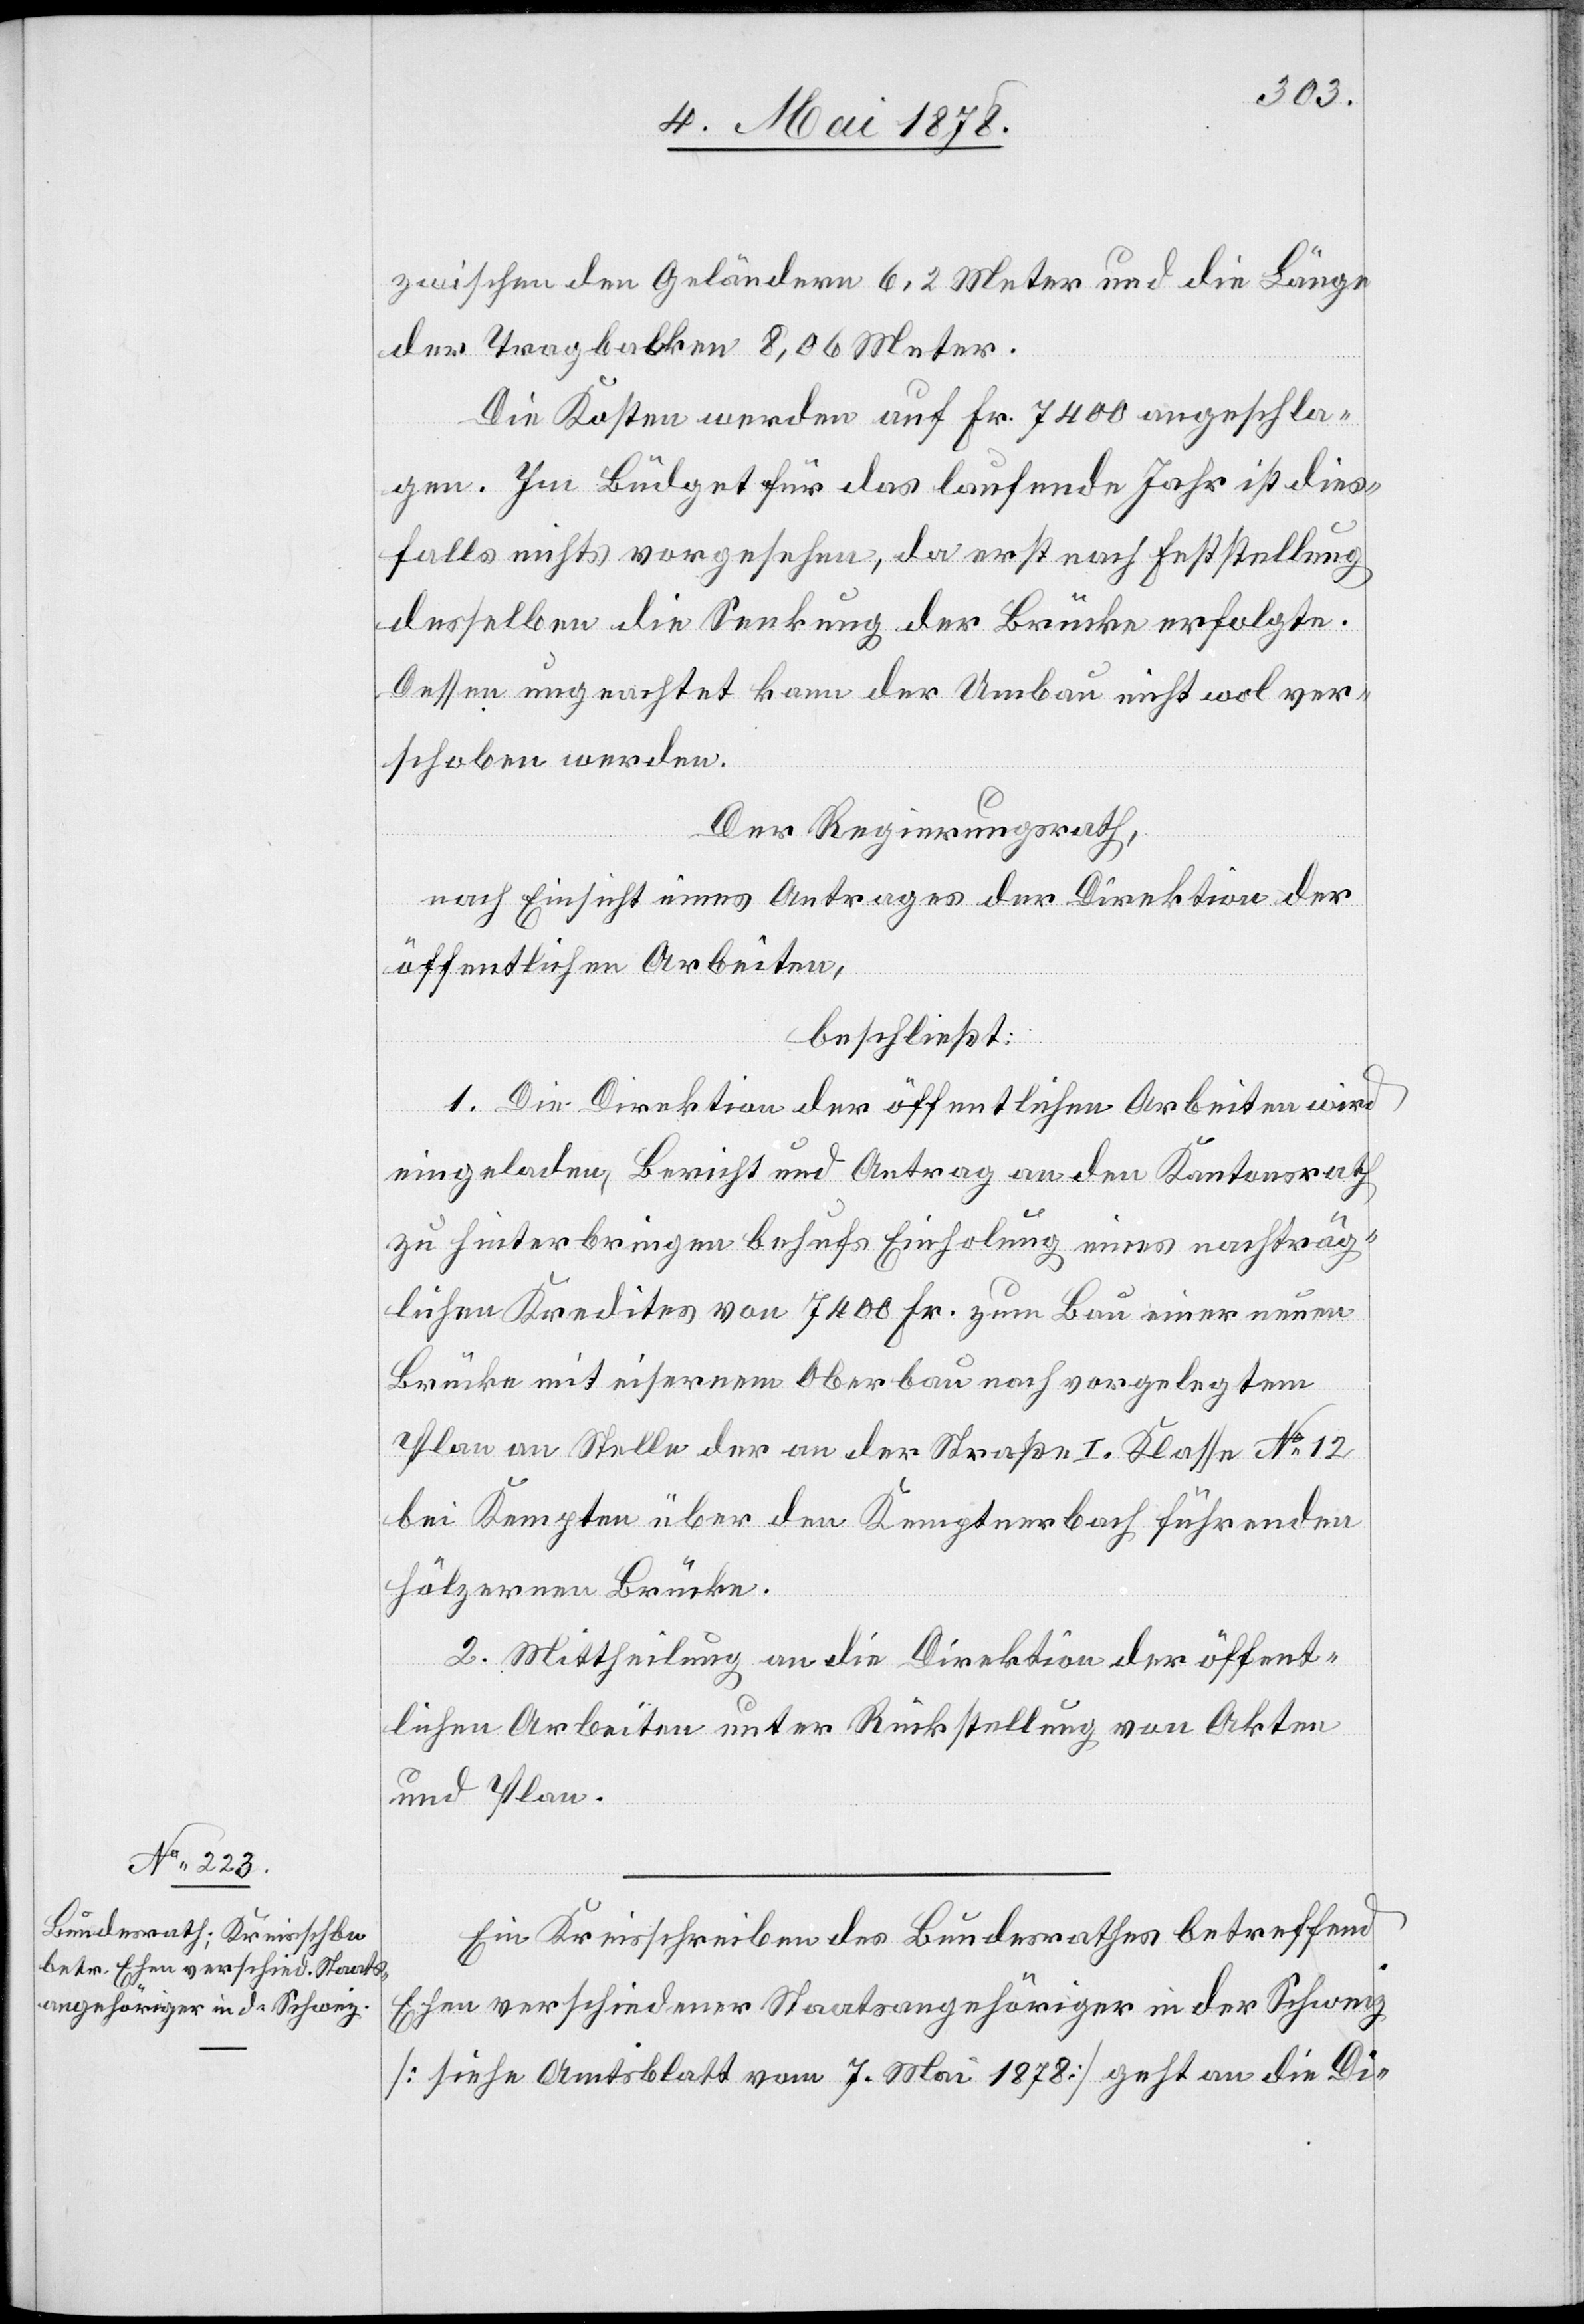
zwischen den Geländern 6,2 Meter und die Länge
der Tragbalken 8,06 Meter.
Die Kosten werden auf Fr. 7400 angeschla¬
gen. Im Büdget für das laufende Jahr ist dies¬
falls nichts vorgesehen, da erst nach Feststellung
desselben die Senkung der Brücke erfolgte.
Dessen ungeachtet kann der Umbau nicht wol ver¬
schoben werden.
Der Regierungsrath,
nach Einsicht eines Antrages der Direktion der
öffentlichen Arbeiten,
beschließt:
1. Die Direktion der öffentlichen Arbeiten wird
eingeladen, Bericht und Antrag an den Kantonsrath
zu hinterbringen behufs Einholung eines nachträg¬
lichen Kredites von 7400 Fr. zum Bau einer neuen
Brücke mit eisernem Oberbau nach vorgelegtem
Plan an Stelle der an der Straße I. Klasse No 12
bei Kempten über den Kemptnerbach führenden
hölzernen Brücke.
2. Mittheilung an die Direktion der öffent¬
lichen Arbeiten unter Rückstellung von Akten
und Plan.
Ein Kreisschreiben des Bundesrathes betreffend
Ehen verschiedener Staatsangehöriger in der Schweiz
[siehe Amtsblatt vom 7. Mai 1878] geht an die Di-